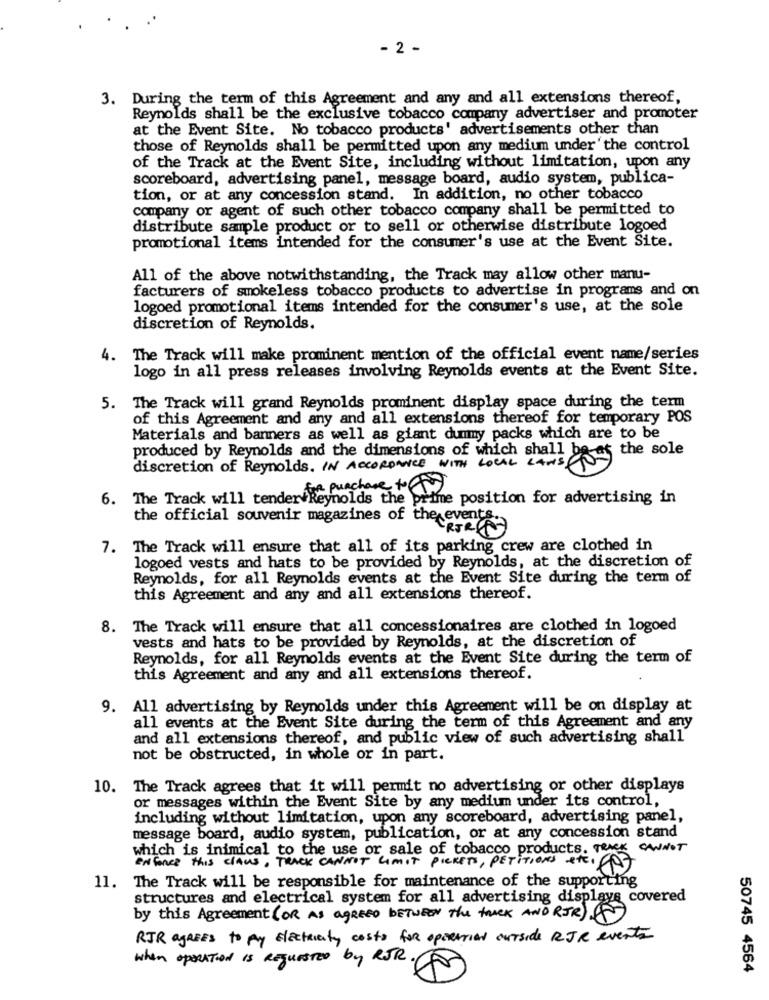
- 2 -
3. During the term of this Agreement and any and all extensions thereof,
Reynolds shall be the exclusive tobacco company advertiser and promoter
at the Event Site. No tobacco products' advertisements other than
those of Reynolds shall be permitted upon any medium under the control
of the Track at the Event Site, including without limitation, upon any
scoreboard, advertising panel, message board, audio system, publica-
tion, or at any concession stand. In addition, no other tobacco
company or agent of such other tobacco company shall be permitted to
distribute sample product or to sell or otherwise distribute logoed
promotional items intended for the consumer's use at the Event Site.
All of the above notwithstanding, the Track may allow other manu-
facturers of smokeless tobacco products to advertise in programs and on
logoed promotional items intended for the consumer's use, at the sole
discretion of Reynolds.
4. The Track will make prominent mention of the official event name/series
logo in all press releases involving Reynolds events at the Event Site.
5. The Track will grand Reynolds prominent display space during the term
of this Agreement and any and all extensions thereof for temporary POS
Materials and banners as well as giant dummy packs which are to be
produced by Reynolds and the dimensions of which shall be
discretion of Reynolds. IN ACCORDANCE WITH LOCAL LAWS the sole
purchase +
6. The Track will tender Reynolds the prime position for advertising in
the official souvenir magazines of the event
CRIR
7. The Track will ensure that all of its parking crew are clothed in
logoed vests and hats to be provided by Reynolds, at the discretion of
Reynolds, for all Reynolds events at the Event Site during the term of
this Agreement and any and all extensions thereof.
8. The Track will ensure that all concessionaires are clothed in logoed
vests and hats to be provided by Reynolds, at the discretion of
Reynolds, for all Reynolds events at the Event Site during the term of
this Agreement and any and all extensions thereof.
9. All advertising by Reynolds under this Agreement will be on display at
all events at the Event Site during the term of this Agreement and any
and all extensions thereof, and public view of such advertising shall
not be obstructed, in whole or in part.
10. The Track agrees that it will permit no advertising or other displays
or messages within the Event Site by any medium under its control,
including without limitation, upon any scoreboard, advertising panel,
message board, audio system, publication, or at any concession stand
which is inimical to the use or sale of tobacco products. TRACK CANNOT
ENFORCE this CLAUS, TRACK CANNOT LIMIT PICKETS, PETITIONS STEI
11. The Track will be responsible for maintenance of the supporting
structures and electrical system for all advertising displays covered
by this Agreement (OR AS agREED BETWEEN The truck AND RIR)
RJR agREES to my Electricity costs for operation outside RJR events
when opRATION Is REQUESTED by RJR.
50745 4564